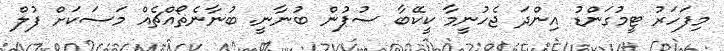
މިފަހަރު ޓީމުގަންޑު އިންދަ ޖެހުނީމާ ކީކޭބާ ސުޕުން ބުނާނީ. ބުނާނެތޯއްޗެއް މަސަކަށް ފުލް